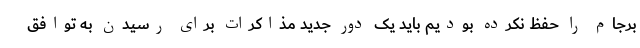
برجام را حفظ نکرده بودیم باید یک دور جدید مذاکرات برای رسیدن به توافق